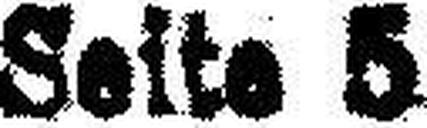
Seite 5